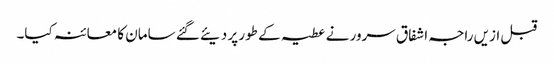
قبل ازیں راجہ اشفاق سرور نے عطیہ کے طور پر دیئے گئے سامان کا معائنہ کیا۔